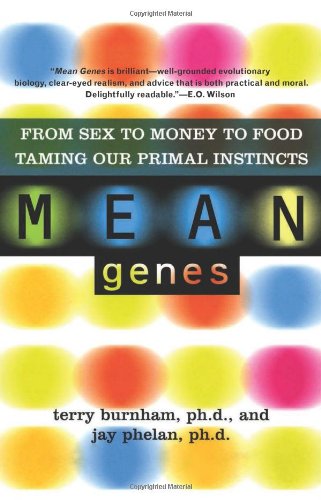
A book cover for Mean Genes: From Sex To Money To Food: Taming Our Primal Instincts; Terry Burnham; Health, Fitness & Dieting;